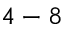
4 - 8